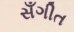
સઁગીત